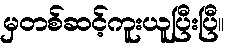
မှတစ်ဆင့်ကူးယူပြီးပြီ။